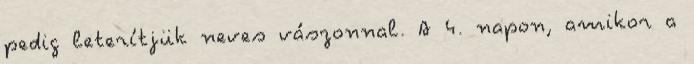
pedig leterítjük neves vászonnal. A 4. napon, amikor a